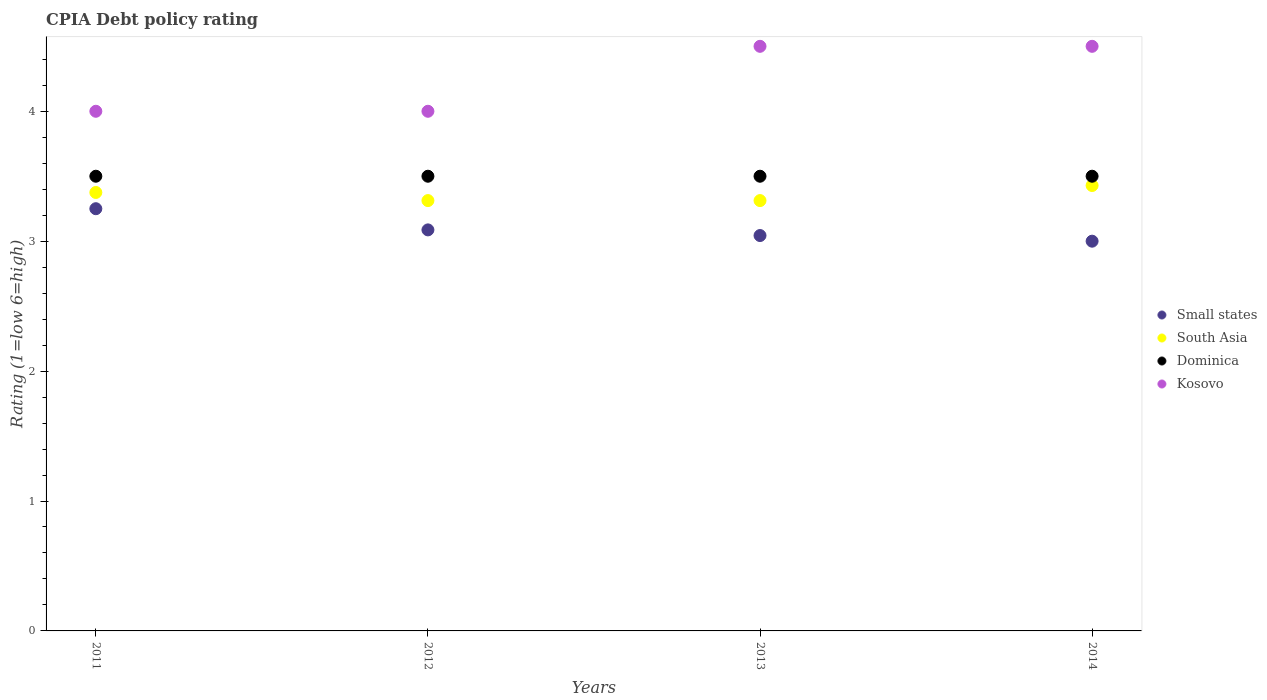
| Years | Small states | South Asia | Dominica | Kosovo |
 | --- | --- | --- | --- | --- |
 | 2011 | 3.25 | 3.38 | 3.5 | 4 |
 | 2012 | 3.09 | 3.31 | 3.5 | 4 |
 | 2013 | 3.04 | 3.31 | 3.5 | 4.5 |
 | 2014 | 3 | 3.43 | 3.5 | 4.5 |